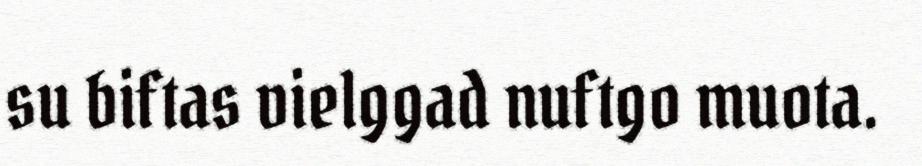
su biftas vielggad nuftgo muota.